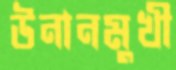
উনানমুখী